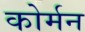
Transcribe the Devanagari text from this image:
कोर्मन